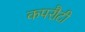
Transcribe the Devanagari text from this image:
कपरौटी